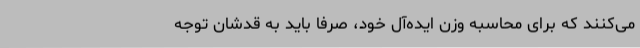
می‌کنند که برای محاسبه‌ وزن ایده‌آل خود، صرفاً باید به قدشان توجه